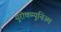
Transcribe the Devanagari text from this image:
युरोकम्युनिज्म